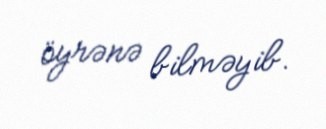
öyrənə bilməyib.